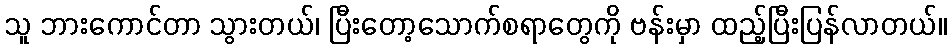
သူ ဘားကောင်တာ သွားတယ်၊ ပြီးတော့သောက်စရာတွေကို ဗန်းမှာ ထည့်ပြီးပြန်လာတယ်။